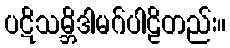
ပဋိသမ္ဘိဒါမဂ်ပါဠိတည်း။